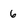
Character: 6